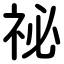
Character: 祕